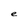
Character: e